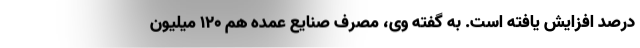
درصد افزایش یافته است. به گفته وی، مصرف صنایع عمده هم ۱۲۰ میلیون